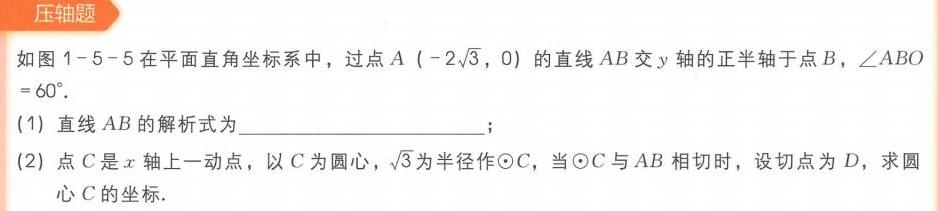
### 压轴题
如图1 - 5 - 5在平面直角坐标系中，过点\(A(-2\sqrt{3},0)\)的直线\(AB\)交\(y\)轴的正半轴于点\(B\)，\(\angle ABO = 60^{\circ}\)。
(1) 直线\(AB\)的解析式为____________________；
(2) 点\(C\)是\(x\)轴上一动点，以\(C\)为圆心，\(\sqrt{3}\)为半径作\(\odot C\)，当\(\odot C\)与\(AB\)相切时，设切点为\(D\)，求圆心\(C\)的坐标.